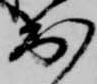
出